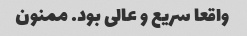
واقعا سریع و عالی بود. ممنون